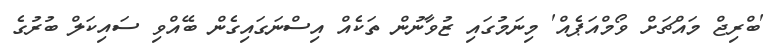
'ބްރިޖް މައްޗަށް ވޯމްއަޕެއް' މިނަމުގައި ޒުވާނުން ތަކެއް އިސްނަގައިގެން ބޭއްވި ސައިކަލް ބުރުގެ